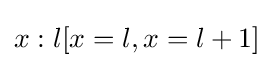
x:l[x=l,x=l+1]